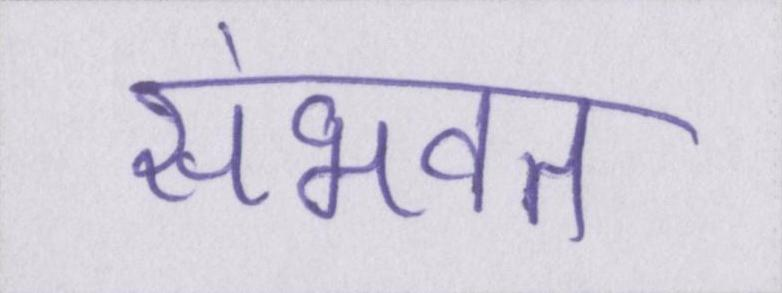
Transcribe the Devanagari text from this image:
संभवत